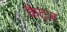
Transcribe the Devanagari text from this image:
कैट्ज़